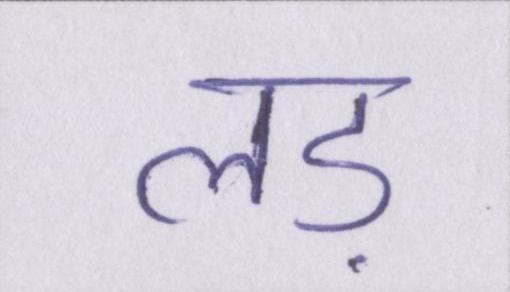
लड़